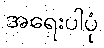
အရေးပါပုံ